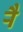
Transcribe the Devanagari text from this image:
र्‍ाै